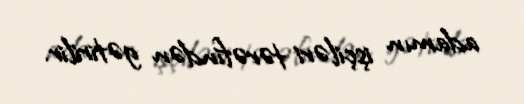
adamın işçiləri tərəfindən gətirilir.